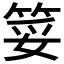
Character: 𮵲